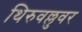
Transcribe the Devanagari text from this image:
थिरुवल्लुवर